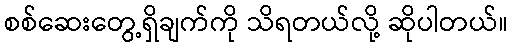
စစ်ဆေးတွေ့ရှိချက်ကို သိရတယ်လို့ ဆိုပါတယ်။